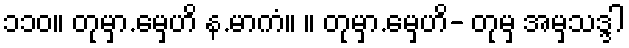
၁၁၀။ တုမှာ.မှေဟိ န.မာကံ။ ။ တုမှာ.မှေဟိ- တုမှ အမှသဒ္ဒါ